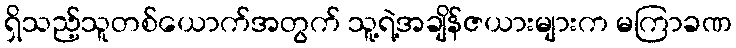
ရှိသည့်သူတစ်ယောက်အတွက် သူ့ရဲ့အချိန်ဇယားများက မကြာခဏ